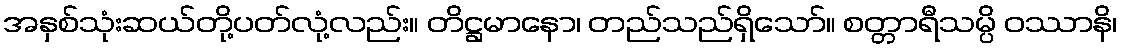
အနှစ်သုံးဆယ်တို့ပတ်လုံ့လည်း။ တိဋ္ဌမာနော၊ တည်သည်ရှိသော်။ စတ္တာရီသမ္ပိ ဝဿာနိ၊